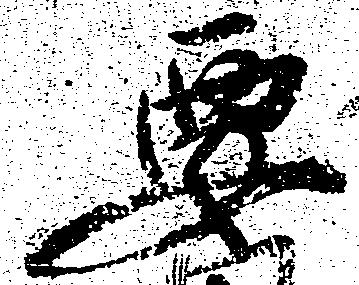
要